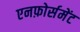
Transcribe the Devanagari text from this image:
एनफ़ोर्समेंट